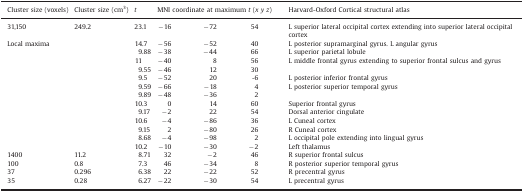
<table><thead><tr><td><b>Cluster size (voxels)</b></td><td><b>Cluster size (cm<sup>3</sup>)</b></td><td><b><i>t</i></b></td><td colspan="3"><b>MNI coordinate at maximum <i>t</i> (<i>x y z</i>)</b></td><td><b>Harvard-Oxford Cortical structural atlas</b></td></tr></thead><tbody><tr><td>31,150</td><td>249.2</td><td>23.1</td><td>−16</td><td>−72</td><td>54</td><td>L superior lateral occipital cortex extending into superior lateral occipital cortex</td></tr><tr><td colspan="2">Local maxima</td><td>14.7</td><td>−56</td><td>−52</td><td>40</td><td>L posterior supramarginal gyrus. L angular gyrus</td></tr><tr><td></td><td></td><td>9.88</td><td>−38</td><td>−44</td><td>66</td><td>L superior parietal lobule</td></tr><tr><td></td><td></td><td>11</td><td>−40</td><td>8</td><td>56</td><td>L middle frontal gyrus extending to superior frontal sulcus and gyrus</td></tr><tr><td></td><td></td><td>9.55</td><td>−46</td><td>12</td><td>30</td><td></td></tr><tr><td></td><td></td><td>9.5</td><td>−52</td><td>20</td><td>-6</td><td>L posterior inferior frontal gyrus</td></tr><tr><td></td><td></td><td>9.59</td><td>−66</td><td>−18</td><td>4</td><td>L posterior superior temporal gyrus</td></tr><tr><td></td><td></td><td>9.89</td><td>−48</td><td>−36</td><td>2</td><td></td></tr><tr><td></td><td></td><td>10.3</td><td>0</td><td>14</td><td>60</td><td>Superior frontal gyrus</td></tr><tr><td></td><td></td><td>9.17</td><td>−2</td><td>22</td><td>54</td><td>Dorsal anterior cingulate</td></tr><tr><td></td><td></td><td>10.6</td><td>−4</td><td>−86</td><td>36</td><td>L Cuneal cortex</td></tr><tr><td></td><td></td><td>9.15</td><td>2</td><td>−80</td><td>26</td><td>R Cuneal cortex</td></tr><tr><td></td><td></td><td>8.68</td><td>−4</td><td>−98</td><td>2</td><td>L occipital pole extending into lingual gyrus</td></tr><tr><td></td><td></td><td>10.2</td><td>−10</td><td>−30</td><td>−2</td><td>Left thalamus</td></tr><tr><td>1400</td><td>11.2</td><td>8.71</td><td>32</td><td>−2</td><td>46</td><td>R superior frontal sulcus</td></tr><tr><td>100</td><td>0.8</td><td>7.3</td><td>46</td><td>−34</td><td>8</td><td>R posterior superior temporal gyrus</td></tr><tr><td>37</td><td>0.296</td><td>6.38</td><td>22</td><td>−22</td><td>52</td><td>R precentral gyrus</td></tr><tr><td>35</td><td>0.28</td><td>6.27</td><td>−22</td><td>−30</td><td>54</td><td>L precentral gyrus</td></tr></tbody></table>